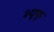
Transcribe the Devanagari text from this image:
श्यूफू